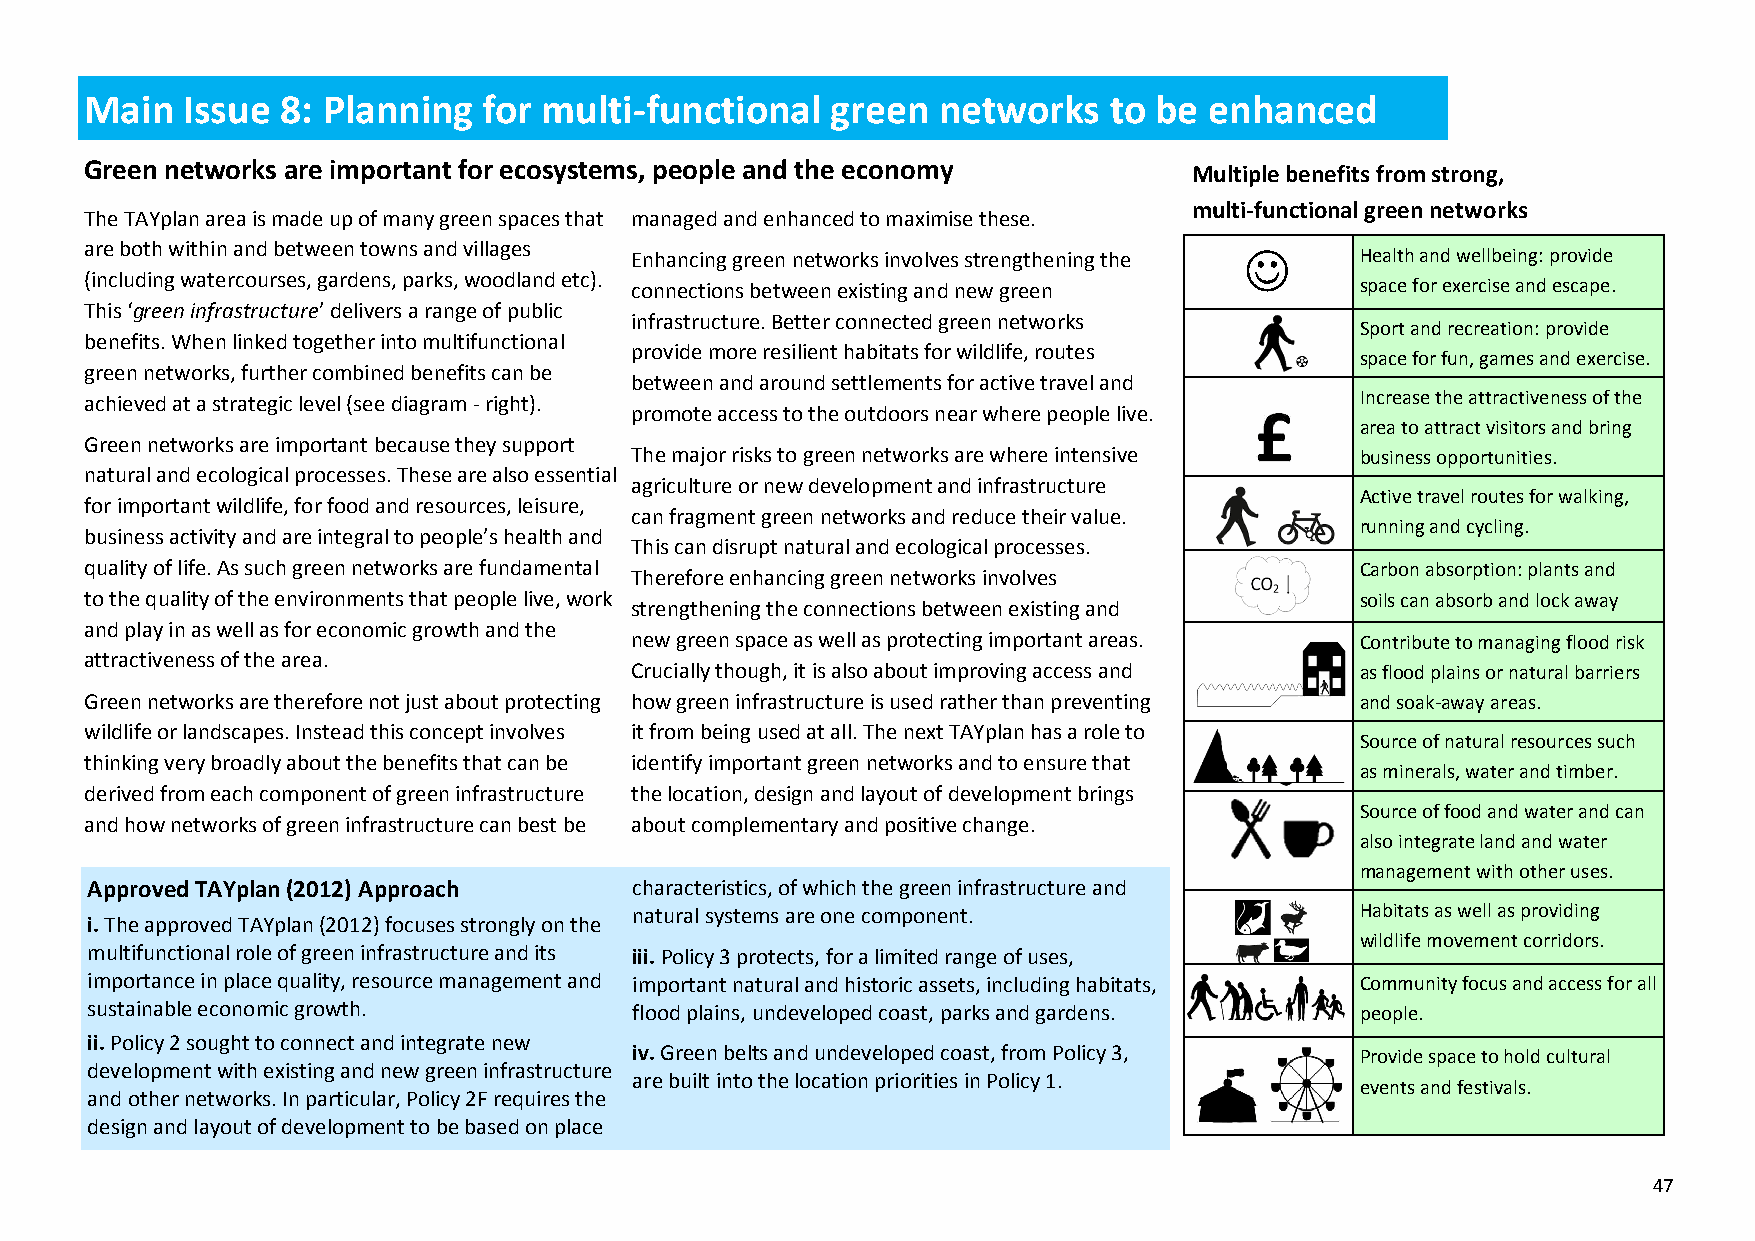
Main  Issue  8: Planning  for multi-functional   green  networks   to be  enhanced
 Green networks are important for ecosystems, people and the economy
 Multiple benefits from strong,
 multi-functional green networks
 The TAYplan area is made up of many green spaces that managed and enhanced to maximise these.
 are both within and between towns and villages
 Enhancing green networks involves strengthening the  Health and wellbeing: provide
 (including watercourses, gardens, parks, woodland etc).
 connections between existing and new green      space for exercise and escape.
 This ‘green infrastructure’ delivers a range of public
 infrastructure. Better connected green networks
 Sport and recreation: provide
 benefits. When linked together into multifunctional
 provide more resilient habitats for wildlife, routes
 space for fun, games and exercise.
 green networks, further combined benefits can be
 between and around settlements for active travel and
 achieved at a strategic level (see diagram - right).                                Increase the attractiveness of the
 promote access to the outdoors near where people live.
 area to attract visitors and bring
 Green networks are important because they support
 The major risks to green networks are where intensive business opportunities.
 natural and ecological processes. These are also essential
 agriculture or new development and infrastructure
 Active travel routes for walking,
 for important wildlife, for food and resources, leisure,
 can fragment green networks and reduce their value.
 running and cycling.
 business activity and are integral to people’s health and
 This can disrupt natural and ecological processes.
 quality of life. As such green networks are fundamental                             Carbon absorption: plants and
 Therefore enhancing green networks involves
 to the quality of the environments that people live, work                           soils can absorb and lock away
 strengthening the connections between existing and
 and play in as well as for economic growth and the
 new green space as well as protecting important areas. Contribute to managing flood risk
 attractiveness of the area.
 Crucially though, it is also about improving access and as flood plains or natural barriers
 Green networks are therefore not just about protecting how green infrastructure is used rather than preventing and soak-away areas.
 wildlife or landscapes. Instead this concept involves it from being used at all. The next TAYplan has a role to
 Source of natural resources such
 thinking very broadly about the benefits that can be identify important green networks and to ensure that
 as minerals, water and timber.
 derived from each component of green infrastructure the location, design and layout of development brings
 Source of food and water and can
 and how networks of green infrastructure can best be about complementary and positive change.
 also integrate land and water
 management with other uses.
 Approved TAYplan (2012) Approach    characteristics, of which the green infrastructure and
 natural systems are one component.              Habitats as well as providing
 i. The approved TAYplan (2012) focuses strongly on the
 wildlife movement corridors.
 multifunctional role of green infrastructure and its iii. Policy 3 protects, for a limited range of uses,
 importance in place quality, resource management and important natural and historic assets, including habitats, Community focus and access for all
 sustainable economic growth.        flood plains, undeveloped coast, parks and gardens. people.
 ii. Policy 2 sought to connect and integrate new
 iv. Green belts and undeveloped coast, from Policy 3, Provide space to hold cultural
 development with existing and new green infrastructure
 are built into the location priorities in Policy 1.
 events and festivals.
 and other networks. In particular, Policy 2F requires the
 design and layout of development to be based on place
 47